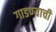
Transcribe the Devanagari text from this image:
गाडण्याची